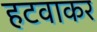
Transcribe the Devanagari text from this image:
हटवाकर